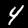
Digit: 4